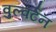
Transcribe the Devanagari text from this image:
वुल्वर्टन